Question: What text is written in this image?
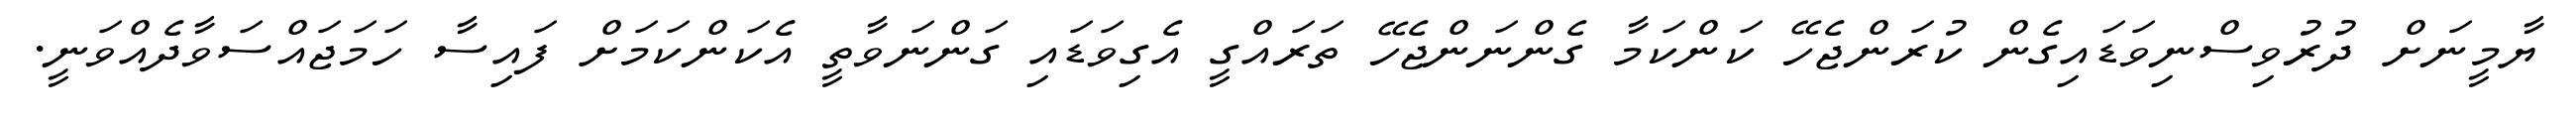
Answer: ޔާމީނަށް ދުރުވިސްނިވަޑައިގެން ކުރަންޖެހޭ ކަންކަމާ ގެންނަންޖެހޭ ތަރައްގީ އެގިވަޑައި ގަންނަވާތީ އެކަންކަމަށް ފައިސާ ހަމަޖައްސަވާދެއްވަނީ.